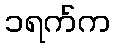
၁ရက်က